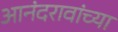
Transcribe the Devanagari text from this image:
आनंदरावांच्या